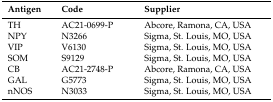
| Antigen | Code | Supplier |
 | --- | --- | --- |
 | TH | AC21-0699-P | Abcore, Ramona, CA, USA |
 | NPY | N3266 | Sigma, St. Louis, MO, USA |
 | VIP | V6130 | Sigma, St. Louis, MO, USA |
 | SOM | S9129 | Sigma, St. Louis, MO, USA |
 | CB | AC21-2748-P | Abcore, Ramona, CA, USA |
 | GAL | G5773 | Sigma, St. Louis, MO, USA |
 | nNOS | N3033 | Sigma, St. Louis, MO, USA |